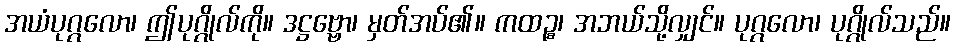
အယံပုဂ္ဂလော၊ ဤပုဂ္ဂိုလ်ကို။ ဒဋ္ဌဗ္ဗော၊ မှတ်အပ်၏။ ကထဉ္စ၊ အဘယ်သို့လျှင်။ ပုဂ္ဂလော၊ ပုဂ္ဂိုလ်သည်။